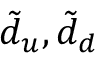
\tilde { d } _ { u } , \tilde { d } _ { d }